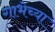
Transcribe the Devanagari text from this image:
गाभेच्या